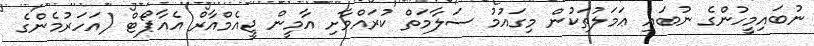
ނުބައިމީހުންގެ ނުބައި ޢަމަލުތަކުން މިގައުމު ސަލާމަތް ކުރައްވާށި އާމީން ޖީއެމްއާރް އެއާޕޯޓް (އަހަރުމެންގެ